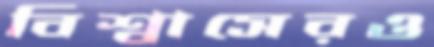
বিশ্বাসেরও